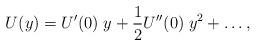
LaTeX: \begin{align*}U(y)=U'(0)\;y+\frac{1}{2}U''(0)\;y^2+\ldots,\end{align*}